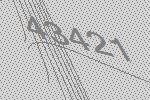
43421